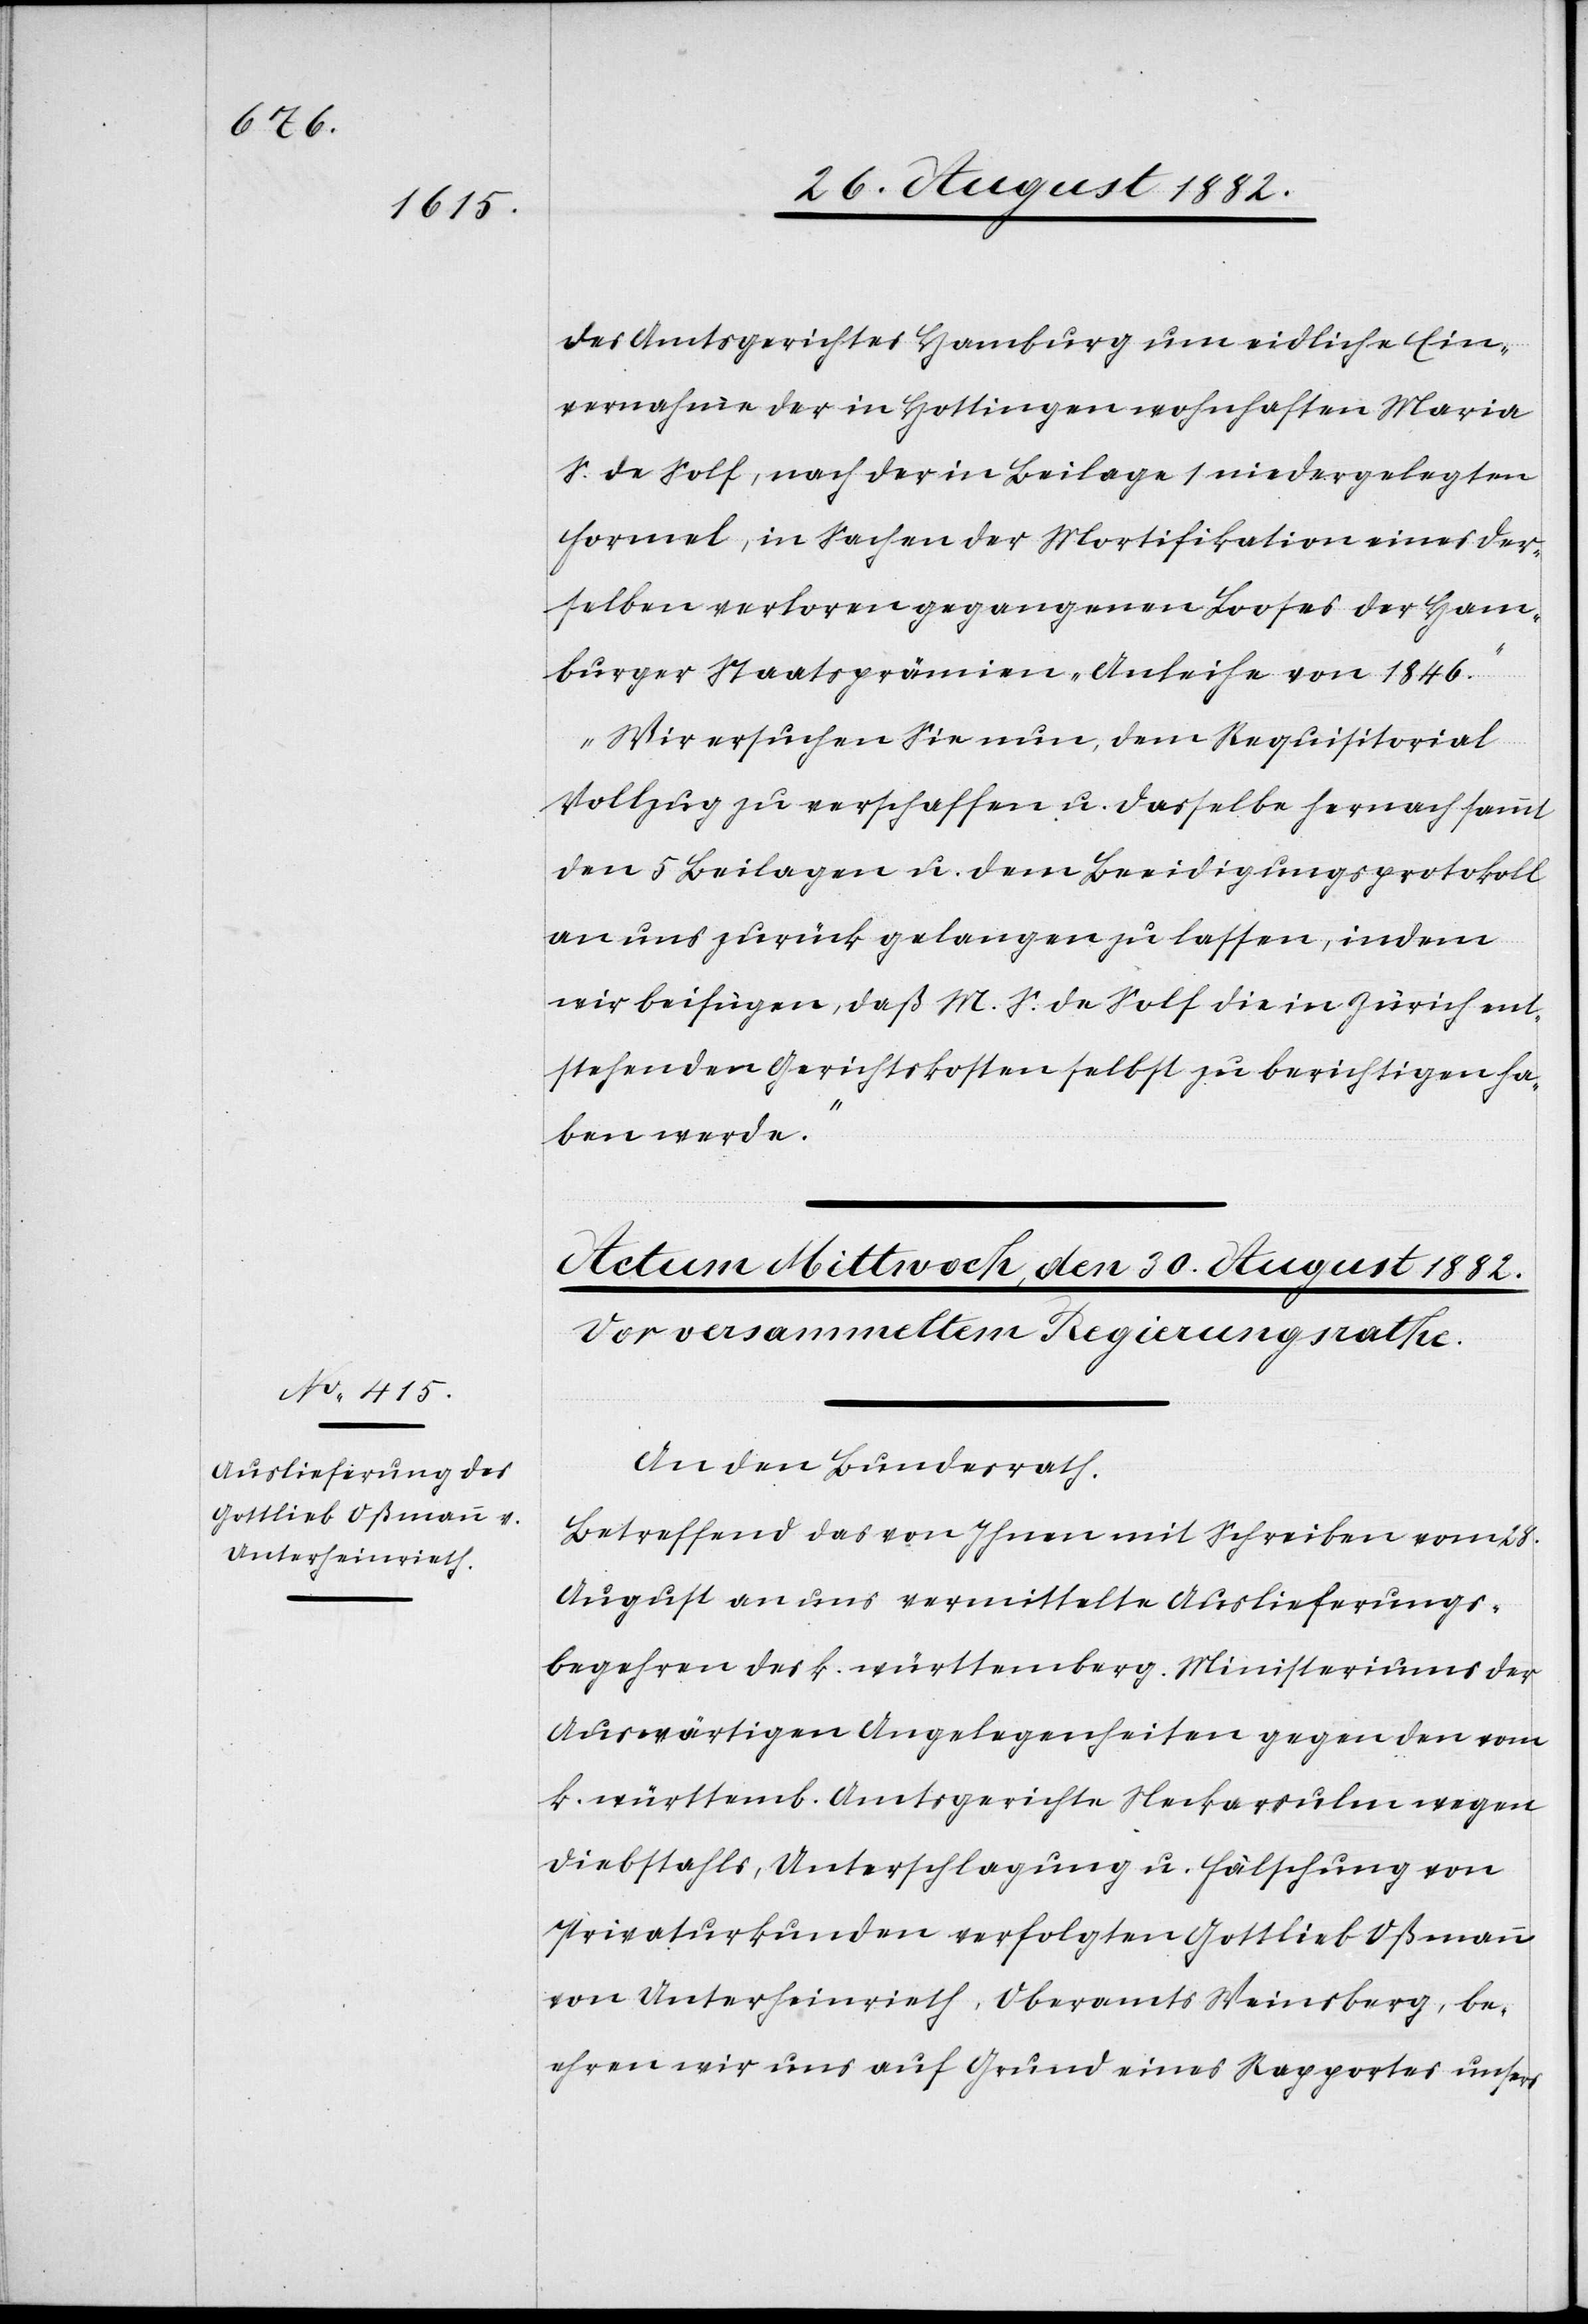
des Amtsgerichtes Hamburg um eidliche Ein¬
vernahme der in Hottingen wohnhaften Maria
S. de Solf, nach der in Beilage 1 niedergelegten
Formel, in Sachen der Mortifikation eines der¬
selben verloren gegangenen Looses der Ham¬
burger Staatsprämien-Anleihe von 1846.
Wir ersuchen Sie nun, dem Requisitorial
Vollzug zu verschaffen u. dasselbe hernach sammt
den 5 Beilagen u. dem Beeidigungsprotokoll
an und zurück gelangen zu lassen, indem
wir beifügen, daß M. S. de Solf die in Zürich ent¬
stehenden Gerichtskosten selbst zu berichtigen ha¬
ben werde.“
An den Bundesrath.
Betreffend das von Ihnen mit Schreiben vom 28.
August an uns vermittelte Auslieferungs¬
begehren des k. württemberg. Ministeriums der
Auswärtigen Angelegenheiten gegen den vom
k. württemb. Amtsgerichte Neckarsulm wegen
Diebstahls, Unterschlagung u. Fälschung von
Privaturkunden verfolgten Gottlieb Oßmann
von Unterheinrieth, Oberamts Weinsberg, be¬
ehren wir uns auf Grund eines Rapportes unsers